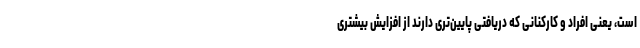
است، یعنی افراد و کارکنانی که دریافتی پایین‌تری دارند از افزایش بیشتری